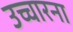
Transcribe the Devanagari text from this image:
उच्चारना